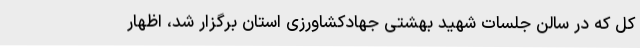
کل که در سالن جلسات شهید بهشتی جهادکشاورزی استان برگزار شد، اظهار